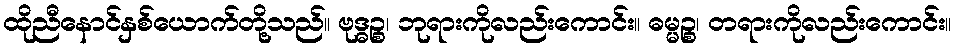
ထိုညီနောင်နှစ်ယောက်တို့သည်။ ဗုဒ္ဓဉ္စ၊ ဘုရားကိုလည်းကောင်း။ ဓမ္မဉ္စ၊ တရားကိုလည်းကောင်း။